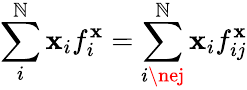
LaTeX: \sum_{i}^{\mathbb{N}}\mathbf{x}_{i}f_{i}^{\mathbf{x}}=\sum_{i\nej}^{\mathbb{N}}\mathbf{x}_{i}f_{ij}^{\mathbf{x}}